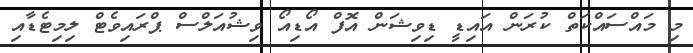
މި މައްސައްކަތް ކުރަން އައިޑީ ޑިވިޝަން އޮފް އޯޑިއޯ ވިޝުއަލްސް ޕްރައިވެޓް ލިމިޓެޑާއި